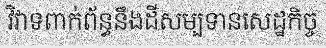
វិវាទពាក់ព័ន្ធនឹងដីសម្បទានសេដ្ឋកិច្ច